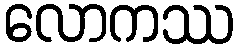
လောကဿ